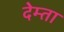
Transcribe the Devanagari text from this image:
देम्ता